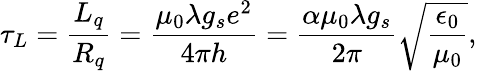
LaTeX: \tau_{L}=\frac{L_{q}}{R_{q}}=\frac{\mu_{0}\lambda g_{s}e^{2}}{4\pi h}=\frac{\alpha\mu_{0}\lambda g_{s}}{2\pi}\sqrt{\frac{\epsilon_{0}}{\mu_{0}}},